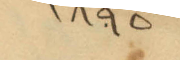
1895